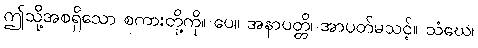
ဤသို့အစရှိသော စကားတို့ကို။ ပေ။ အနာပတ္တိ၊ အာပတ်မသင့်။ သံဃေ၊